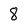
Character: 8